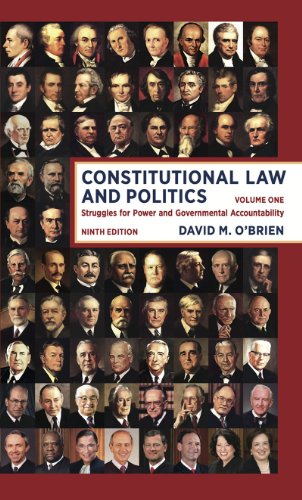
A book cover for Constitutional Law and Politics: Struggles for Power and Governmental Accountability (Ninth Edition)  (Vol. 1); David M. O'Brien; Law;